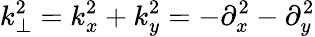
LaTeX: k_{\perp}^{2}=k_{x}^{2}+k_{y}^{2}=-\partial_{x}^{2}-\partial_{y}^{2}